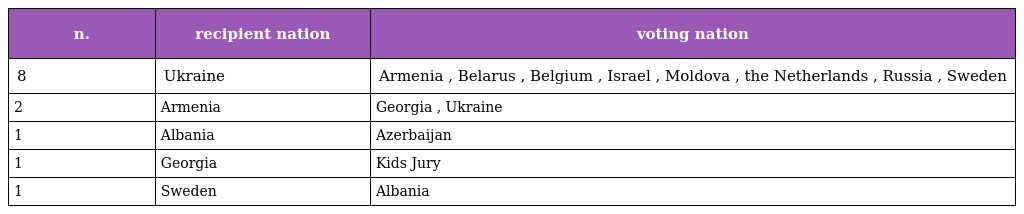
| n. | recipient nation | voting nation |
 | --- | --- | --- |
 | 8 | Ukraine | Armenia , Belarus , Belgium , Israel , Moldova , the Netherlands , Russia , Sweden |
 | 2 | Armenia | Georgia , Ukraine |
 | 1 | Albania | Azerbaijan |
 | 1 | Georgia | Kids Jury |
 | 1 | Sweden | Albania |